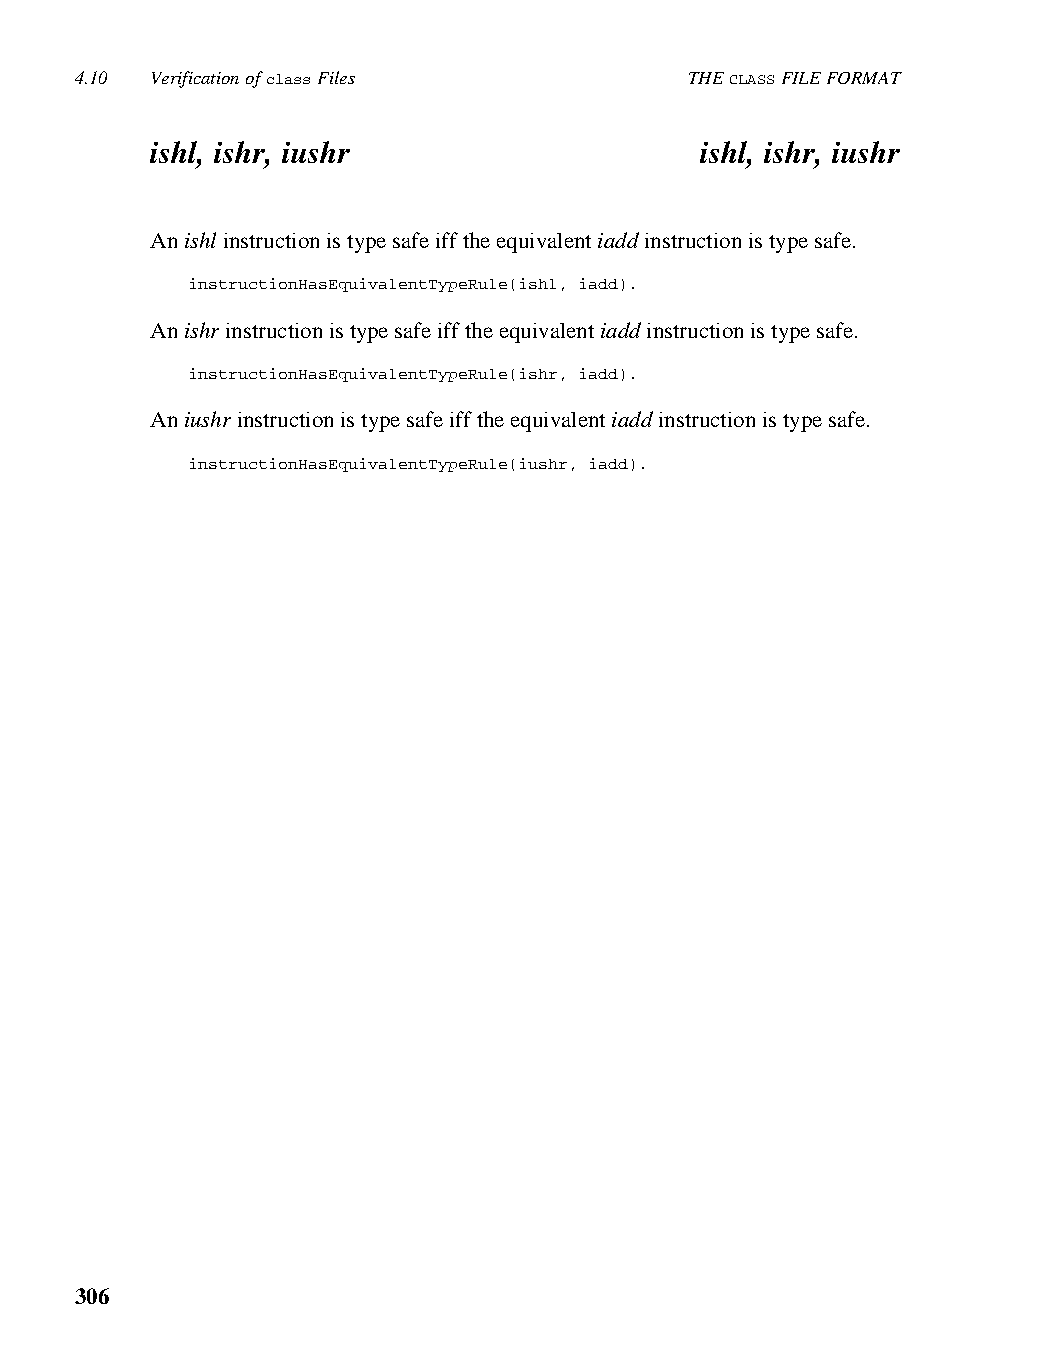
4.10 Verification of class Files         THE CLASS FILE FORMAT
 ishl, ishr, iushr                   ishl, ishr, iushr
 An ishl instruction is type safe iff the equivalent iadd instruction is type safe.
 instructionHasEquivalentTypeRule(ishl, iadd).
 An ishr instruction is type safe iff the equivalent iadd instruction is type safe.
 instructionHasEquivalentTypeRule(ishr, iadd).
 An iushr instruction is type safe iff the equivalent iadd instruction is type safe.
 instructionHasEquivalentTypeRule(iushr, iadd).
 306